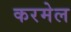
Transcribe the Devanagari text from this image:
करमेल